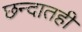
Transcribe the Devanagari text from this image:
छन्दातही